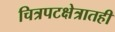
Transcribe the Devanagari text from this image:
चित्रपटक्षेत्रातही